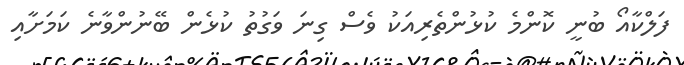
ފަލްކާއޯ ބުނީ ކޮންމެ ކުޅުންތެރިއަކު ވެސް ގިނަ ވަގުތު ކުޅެން ބޭނުންވާނެ ކަމަށާއި